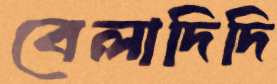
বেলাদিদি